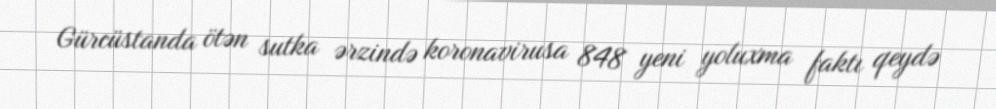
Gürcüstanda ötən sutka ərzində koronavirusa 848 yeni yoluxma faktı qeydə